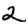
Digit: 2